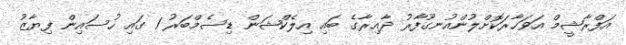
އަފްރާޝީމް އަވަހާރަކޮށްލުންއުނގޫފާރު ދާއިރާގެ ބައި އިލެކްޝަން ޑިސެމްބަރު 1 ގައި ހުސައިން ފިޔާޒު